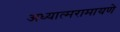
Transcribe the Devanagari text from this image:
अध्यात्मरामायणे